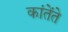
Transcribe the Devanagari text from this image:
कांतेंते